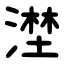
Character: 漜